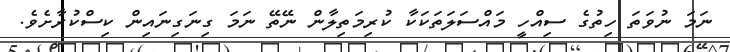
ނަމަ ނުވަތަ ހިތުގެ ސިއްހީ މައްސަލަތަކަކާ ކުރިމަތިލާން ނޭތޭ ނަމަ ގިނަގިނައިން ކިސްކުރާށެވެ.